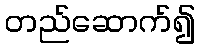
တည်ဆောက်၍